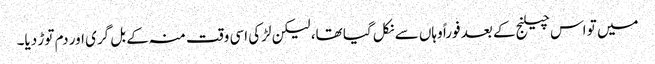
میں تو اس چیلنج کے بعد فوراً وہاں سے نکل گیا تھا، لیکن لڑکی اسی وقت منہ کے بل گری اور دم توڑ دیا۔